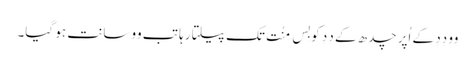
وو دِدِ کے اُپر چدھ کے دِدِ کو بِس مِنُت تک پیلتا رہا تب وو سانت ہو گیا۔